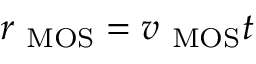
r _ { \mathrm { \ M O S { } } } = v _ { \mathrm { \ M O S { } } } t